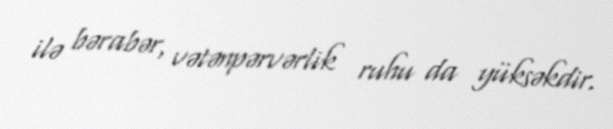
ilə bərabər, vətənpərvərlik ruhu da yüksəkdir.